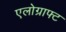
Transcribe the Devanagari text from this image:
एलोग्राफ्ट